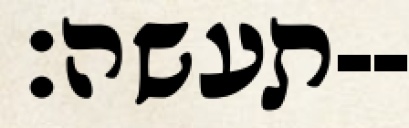
תעשה׃--